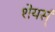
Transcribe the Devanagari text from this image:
शेयर्स्